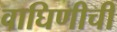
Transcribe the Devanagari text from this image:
वाघिणीची